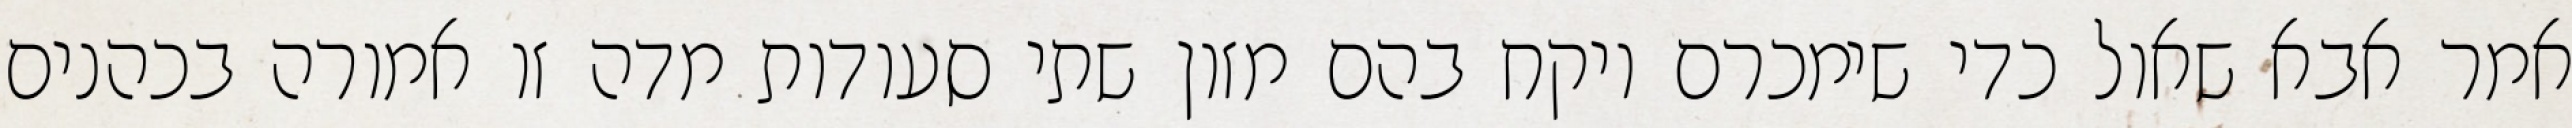
אמר אבא שאול כדי שימכרם ויקח בהם מזון שתי סעודות מדה זו אמורה בכהנים